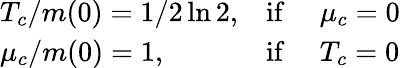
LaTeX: \begin{array}{lll}{{T_{c}/m(0)=1/2\ln 2,}}&{{\mathrm{if}\ }}&{{\mu_{c}=0}}\\ {{\mu_{c}/m(0)=1,}}&{{\mathrm{if}\ }}&{{T_{c}=0}}\end{array}